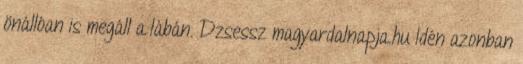
önállóan is megáll a lábán. Dzsessz magyardalnapja.hu Idén azonban